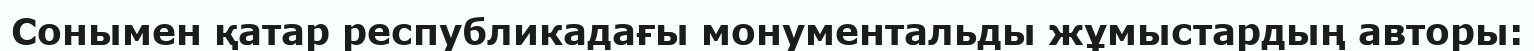
Сонымен қатар республикадағы монументальды жұмыстардың авторы: